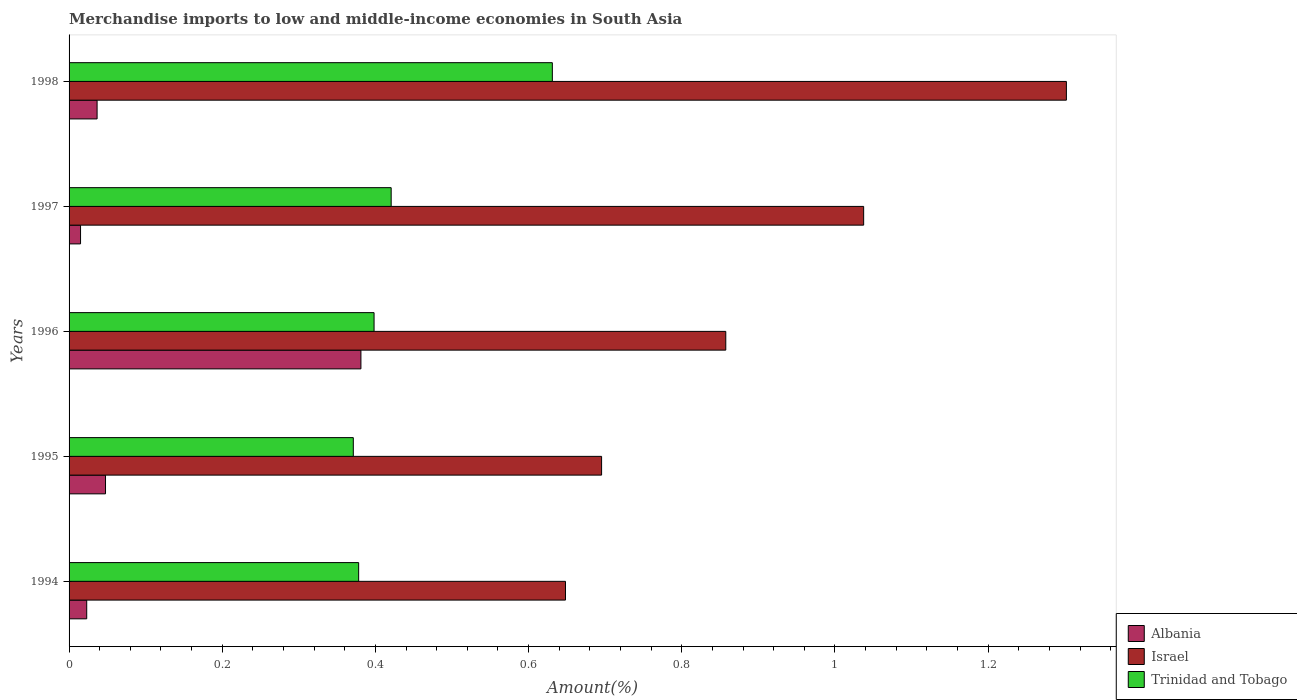
| Years | Albania | Israel | Trinidad and Tobago |
 | --- | --- | --- | --- |
 | 1994 | 0.023 | 0.648 | 0.378 |
 | 1995 | 0.0476 | 0.695 | 0.371 |
 | 1996 | 0.381 | 0.857 | 0.398 |
 | 1997 | 0.015 | 1.04 | 0.421 |
 | 1998 | 0.0366 | 1.3 | 0.631 |